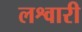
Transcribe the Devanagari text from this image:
लश्वारी